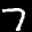
Label: 7